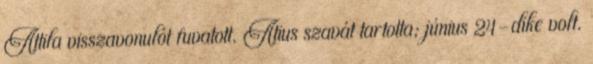
Attila visszavonulót fuvatott. Atius szavát tartotta; június 24-dike volt.